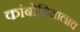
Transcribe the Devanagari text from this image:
कांबोडियालाच